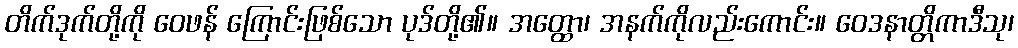
တိက်ဒုက်တို့ကို ဝေဖန် ကြောင်းဖြစ်သော ပုဒ်တို့၏။ အတ္ထော၊ အနက်ကိုလည်းကောင်း။ ဝေဒနာတ္တိကာဒီသု၊